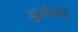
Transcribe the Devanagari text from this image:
जुलैचा